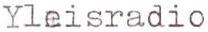
Yleisradio